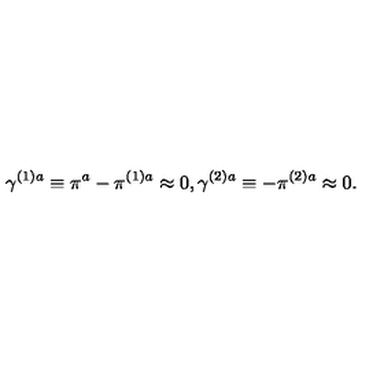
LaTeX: \gamma ^ { ( 1 ) a } \equiv \pi ^ { a } - \pi ^ { ( 1 ) a } \approx 0 , \gamma ^ { ( 2 ) a } \equiv - \pi ^ { ( 2 ) a } \approx 0 .